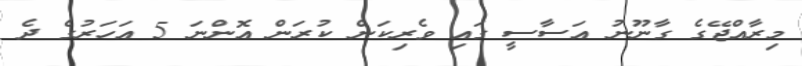
މިރާއްޖޭގެ ގާނޫނު އަސާސީ ގައި ވެރިކަން ކުރަން އޮންނަ 5 އަހަރުގެ ދެ